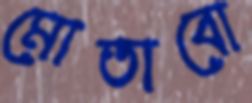
মোতাবো